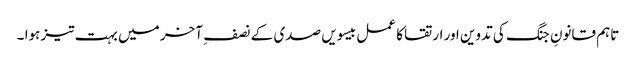
تاہم قانونِ جنگ کی تدوین اور ارتقا کا عمل بیسویں صدی کے نصف ِ آخر میں بہت تیز ہوا ۔